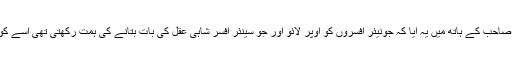
نسخہ کیمیا چھوٹے میاں صاحب کے ہاتھ میں یہ آیا کہ جونیئر افسروں کو اوپر لائو اور جو سینئر افسر شاہی عقل کی بات بتانے کی ہمت رکھتی تھی اسے کونوں کھدروں میں ڈال دو۔